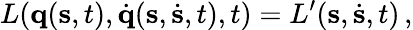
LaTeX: L(\mathbf{q}(\mathbf{s},t),{\dot{\mathbf{q}}}(\mathbf{s},{\dot{\mathbf{s}}},t),t)=L^{\prime}(\mathbf{s},{\dot{\mathbf{s}}},t)\, ,